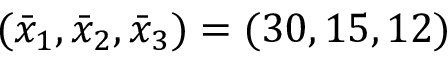
( \bar { x } _ { 1 } , \bar { x } _ { 2 } , \bar { x } _ { 3 } ) = ( 3 0 , 1 5 , 1 2 )